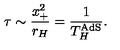
\tau \sim \frac { x _ { + } ^ { 2 } } { r _ { H } } = \frac { 1 } { T _ { H } ^ { \mathrm { A d S } } } .